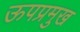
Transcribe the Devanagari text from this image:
ऊपप्रमुख